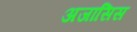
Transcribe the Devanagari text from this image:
अजासिस